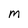
Character: M